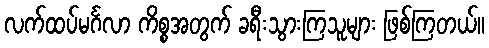
လက်ထပ်မင်္ဂလာ ကိစ္စအတွက် ခရီးသွားကြသူများ ဖြစ်ကြတယ်။